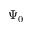
\Psi _ { 0 }